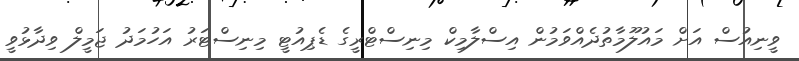
ވީނިއުސް އަށް މައުލޫމާތުދެއްވަމުން އިސްލާމިކް މިނިސްޓްރީގެ ޑެޕިއުޓީ މިނިސްޓަރު އަހުމަދު ޖަމީލް ވިދާޅުވީ